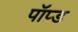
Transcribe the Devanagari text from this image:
पॉप्ड